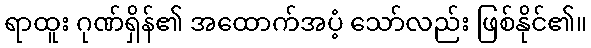
ရာထူး ဂုဏ်ရှိန်၏ အထောက်အပံ့ သော်လည်း ဖြစ်နိုင်၏။